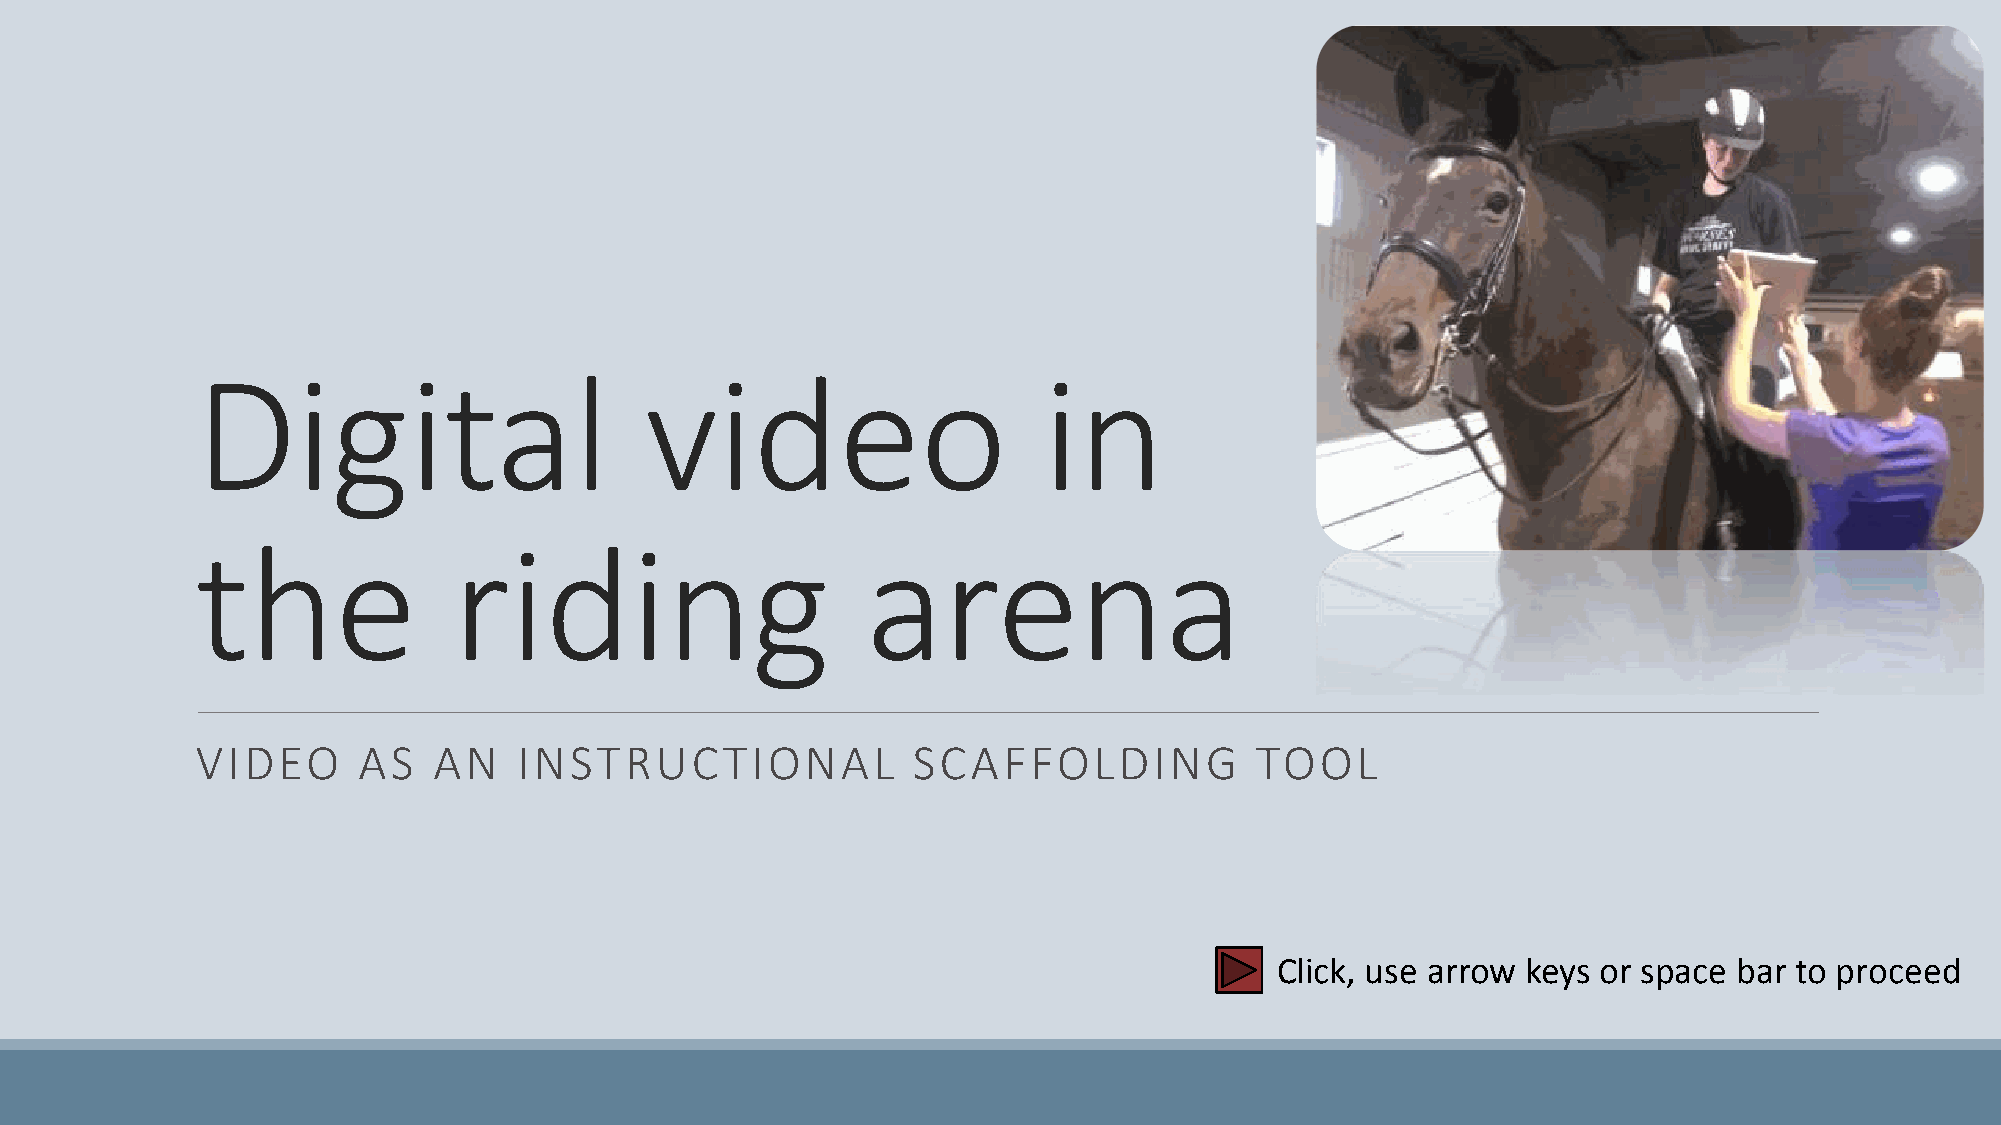
Digital                       video                     in
 the              riding                     arena
 VIDEO      AS   AN   INSTRUCTIONAL             SCAFFOLDING            TOOL
 Click, use arrow keys or space bar to proceed